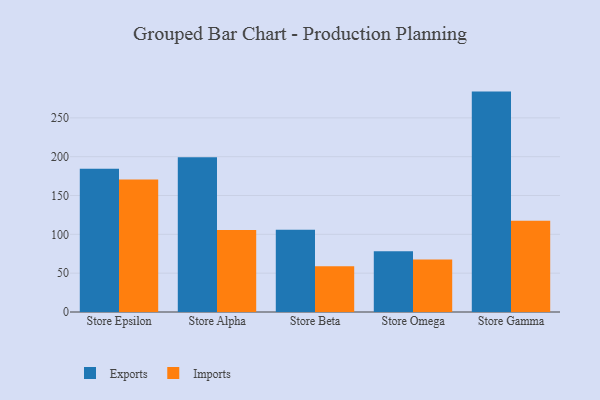
{"axis": {"x": "Store", "y": "Churn Rate (%)"}, "legend": ["Exports", "Imports"], "data": [{"x": "Store Epsilon", "y": 184.3, "type": "Exports"}, {"x": "Store Epsilon", "y": 170.5, "type": "Imports"}, {"x": "Store Alpha", "y": 199.2, "type": "Exports"}, {"x": "Store Alpha", "y": 105.6, "type": "Imports"}, {"x": "Store Beta", "y": 106.0, "type": "Exports"}, {"x": "Store Beta", "y": 58.8, "type": "Imports"}, {"x": "Store Omega", "y": 78.1, "type": "Exports"}, {"x": "Store Omega", "y": 67.5, "type": "Imports"}, {"x": "Store Gamma", "y": 283.8, "type": "Exports"}, {"x": "Store Gamma", "y": 117.4, "type": "Imports"}]}